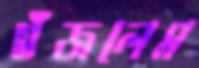
গুঁজলেম